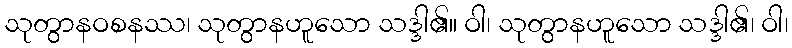
သုတွာနဝစနဿ၊ သုတွာနဟူသော သဒ္ဒါ၏။ ဝါ၊ သုတွာနဟူသော သဒ္ဒါ၏၊ ဝါ၊